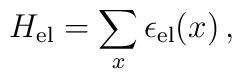
H_{\rm el} = \sum\limits_{x} \epsilon_{\rm el}(x)  \,,